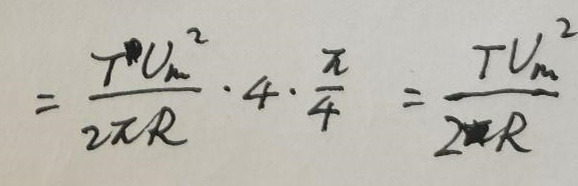
\[
= \frac{T U_{m}^{2}}{2\pi R} \cdot 4 \cdot \frac{\pi}{4} = \frac{T U_{m}^{2}}{2\pi R}
\]